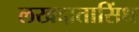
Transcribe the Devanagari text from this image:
लखदातासिंध